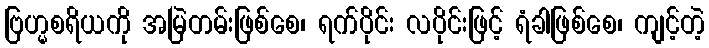
ဗြဟ္မစရိယကို အမြဲတမ်းဖြစ်စေ၊ ရက်ပိုင်း လပိုင်းဖြင့် ရံခါဖြစ်စေ၊ ကျင့်တဲ့